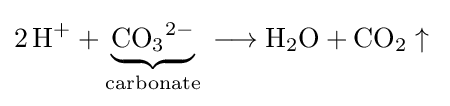
{2\,\mathrm {H} {\vphantom {A}}^{+}}+\underbrace {\mathrm {CO} {\vphantom {A}}_{\smash[{t}]{3}}{\vphantom {A}}^{2-}} _{\mathrm {carbonate} }{{}\mathrel {\longrightarrow } {}\mathrm {H} {\vphantom {A}}_{\smash[{t}]{2}}\mathrm {O} {}+{}\mathrm {CO} {\vphantom {A}}_{\smash[{t}]{2}}\uparrow {}}